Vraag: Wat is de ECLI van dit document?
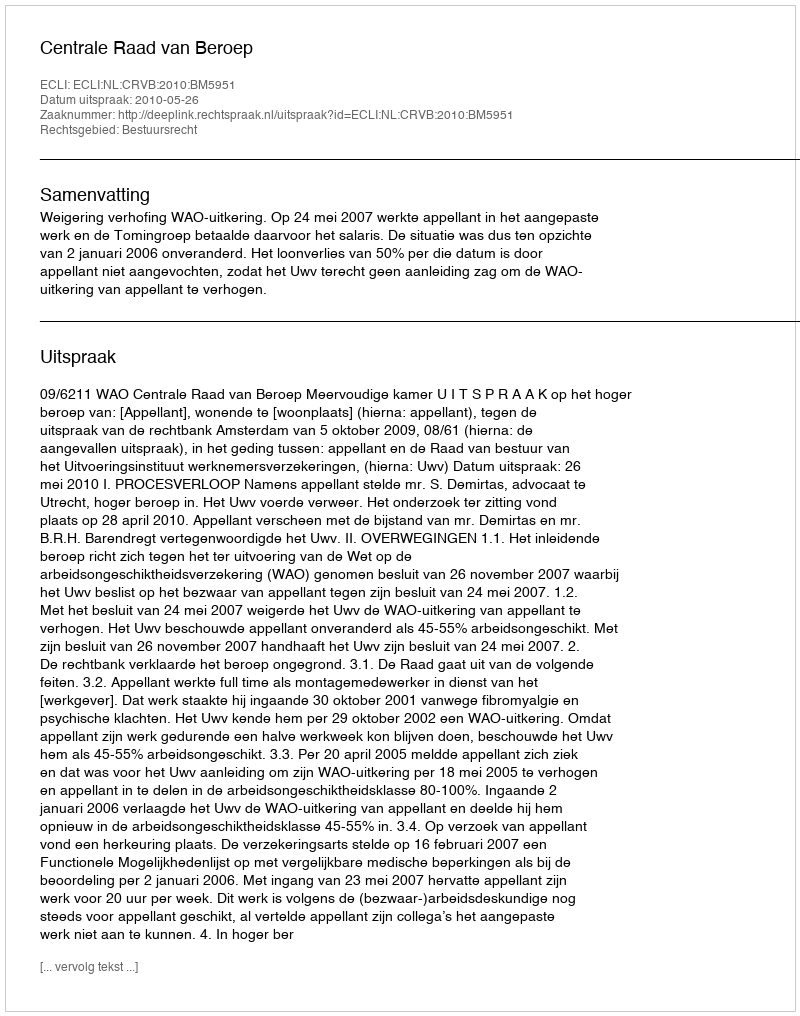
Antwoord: ECLI:NL:CRVB:2010:BM5951